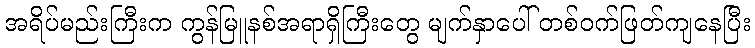
အရိပ်မည်းကြီးက ကွန်မြူနစ်အရာရှိကြီးတွေ မျက်နှာပေါ် တစ်ဝက်ဖြတ်ကျနေပြီး